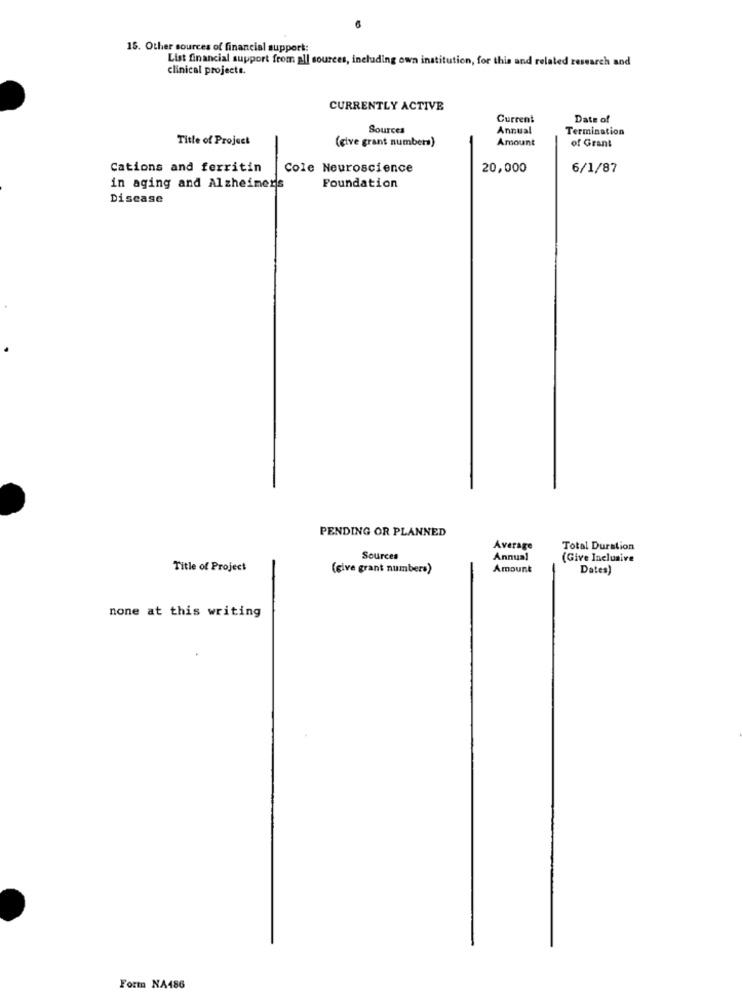
15. Other sources of financial support:
List financial support from all sources, including own institution, for this and related research and
clinical projecte.
CURRENTLY ACTIVE
Current
Date of
Sources
Annual
Termination
Title of Project
(give grant numbers)
Amount
of Grant
Cations and ferritin
Cole Neuroscience
20,000
6/1/87
in aging and Alzheimers
Foundation
Disease
PENDING OR PLANNED
Average
Total Duration
Sources
Annual
(Give Inclusive
Title of Project
(give grant numbers)
Amount
Dates)
none at this writing
Form NA486